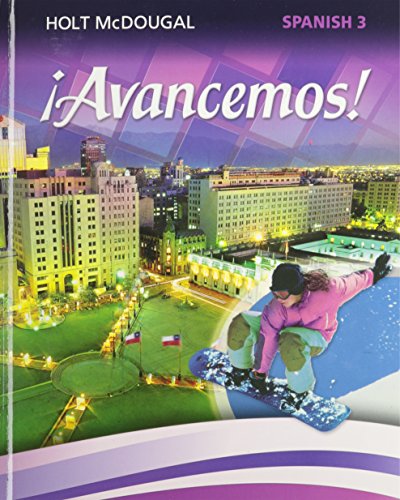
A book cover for ?Avancemos!: Student Edition Level 3 2013 (Spanish Edition); HOLT MCDOUGAL; Teen & Young Adult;